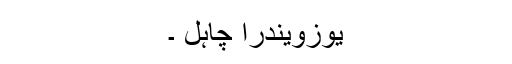
یوزویندرا چاہل ۔